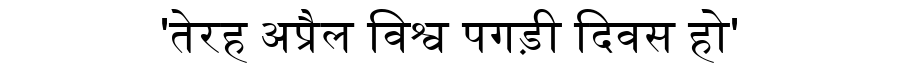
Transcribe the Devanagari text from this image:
'तेरह अप्रैल विश्व पगड़ी दिवस हो'